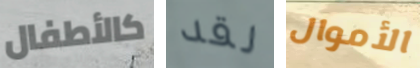
كالأطفال لقد الأموال